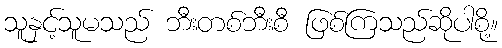
သူနှင့်သူမသည် ဘီးတစ်ဘီးစီ ဖြစ်ကြသည်ဆိုပါစို့။